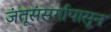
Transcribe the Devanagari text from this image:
जंतूसंसर्गापासून